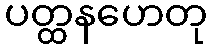
ပတ္ထနဟေတု